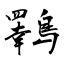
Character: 鸅